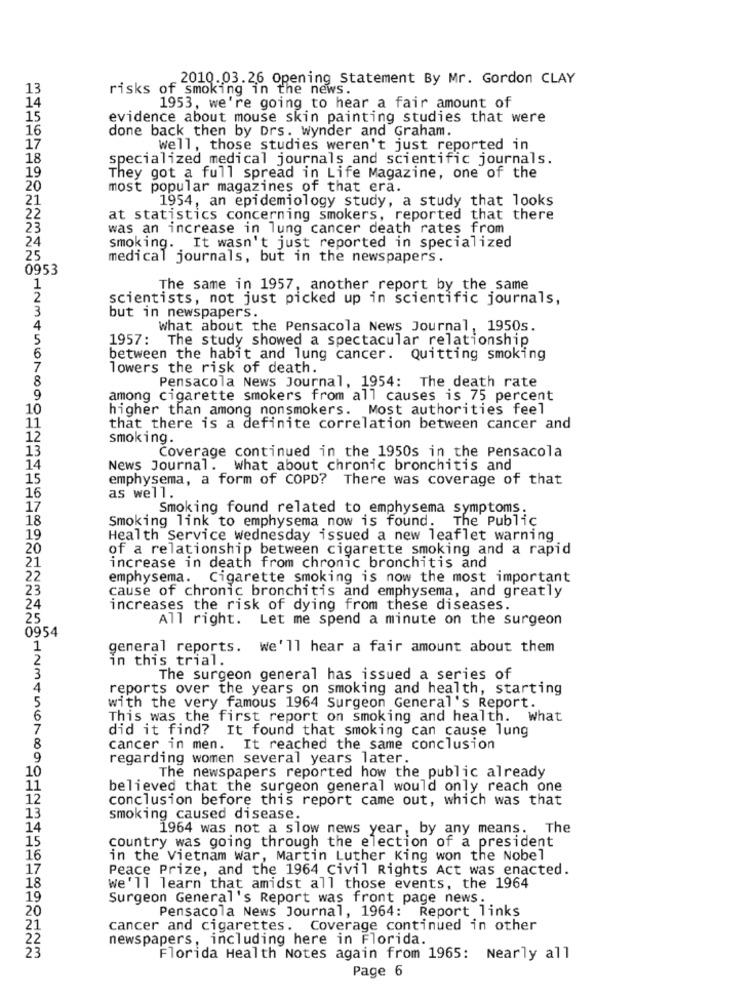
2010.03.26 Opening Statement By Mr. Gordon CLAY
13
risks of smoking in the news.
14
1953, we're going to hear a fair amount of
15
evidence about mouse skin painting studies that were
16
done back then by Drs. Wynder and Graham.
17
Well, those studies weren't just reported in
18
specialized medical journals and scientific journals.
19
They got a full spread in Life Magazine, one of the
20
most popular magazines of that era.
21
1954, an epidemiology study, a study that looks
22
at statistics concerning smokers, reported that there
23
was an increase in lung cancer death rates from
24
smoking. It wasn't just reported in specialized
25
medical journals, but in the newspapers.
0953
1
The same in 1957, another report by the same
2
scientists, not just picked up in scientific journals,
3
but in newspapers.
4
What about the Pensacola News Journal, 1950s.
5
1957: The study showed a spectacular relationship
6
between the habit and lung cancer. Quitting smoking
7
lowers the risk of death.
8
Pensacola News Journal, 1954: The death rate
9
among cigarette smokers from all causes is 75 percent
10
higher than among nonsmokers. Most authorities feel
11
that there is a definite correlation between cancer and
12
smoking.
13
Coverage continued in the 1950s in the Pensacola
14
News Journal. what about chronic bronchitis and
15
emphysema, a form of COPD? There was coverage of that
16
as well.
17
Smoking found related to emphysema symptoms.
18
Smoking link to emphysema now is found.
The Public
19
Health Service wednesday issued a new leaflet warning
20
of a relationship between cigarette smoking and a rapid
21
increase in death from chronic bronchitis and
22
emphysema. Cigarette smoking is now the most important
23
cause of chronic bronchitis and emphysema, and greatly
24
increases the risk of dying from these diseases.
25
All right. Let me spend a minute on the surgeon
0954
1
general reports. we'll hear a fair amount about them
2
in this trial.
3
The surgeon general has issued a series of
4
reports over the years on smoking and health, starting
5
with the very famous 1964 Surgeon General's Report.
6
This was the first report on smoking and health. What
7
did it find? It found that smoking can cause lung
8
cancer in men. It reached the same conclusion
9
regarding women several years later.
10
The newspapers reported how the public already
11
believed that the surgeon general would only reach one
12
conclusion before this report came out, which was that
13
smoking caused disease.
14
1964 was not a slow news year, by any means. The
15
country was going through the election of a president
16
in the Vietnam war, Martin Luther King won the Nobel
17
Peace Prize, and the 1964 Civil Rights Act was enacted.
18
We'll learn that amidst all those events, the 1964
19
Surgeon General's Report was front page news.
20
Pensacola News Journal, 1964: Report links
21
cancer and cigarettes. Coverage continued in other
22
newspapers, including here in Florida.
23
Florida Health Notes again from 1965: Nearly all
Page 6